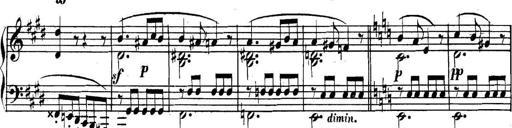
Title: Collected Piano Sonatas
Composer: Muzio Clementi